Tezpur Lunatic Asylum reports 1895-1904 - 1895-1904
Year: 1895
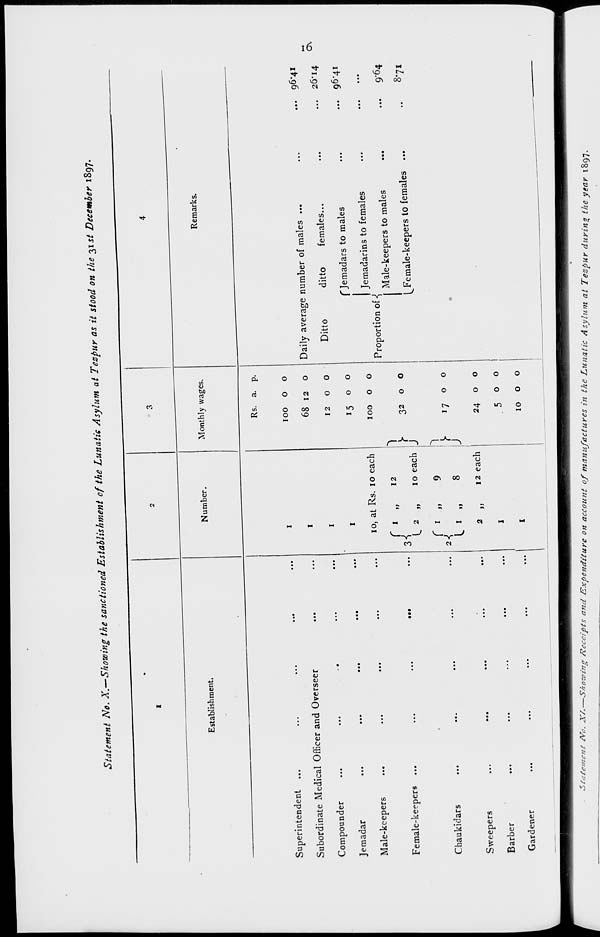
Statement No. X.-Showing the sane
„W &*UM«* *f ,ke Luna* Asylu* at Te,pur as it ** .. * 3"< »««*<' «•»■
Establishment,
Superintendent ...
Subordinate Medical Officer and Overseer
Compounder
Jemadar
Male-keepers
Female4:eepers ...
Chaukidars
Sweepers
Barber
Gardener
3
Number.
Monthly wages.
io, at Rs. 10 each
12
io each
9
8
12 each
I
I
r * »
• ••
3<
I 2 „
r * »
...
2^
1* »
...
2
»
1
J
h
^
j
Remarks.
Rs. a. p.
100 o o
68 12 o
12 O O
15 o o
100 o o
32 o o
17 00
24 o o
500
10 o o
Daily average number of males ...
Ditto
ditto
females...
Jemadars to males
Jemadarins to females
Proportion of-{ Male-keepers to males
Female-keepers to females
. 26*14
. 9 6 '4i
•
•••
..
9' 6 4
.
871
o\
Statement JVo. X/.—Showing Receipts and Expenditure on account of manufactures in the Lunatic Asylum at Tezpur during the year 1897.